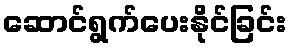
ဆောင်ရွက်ပေးနိုင်ခြင်း